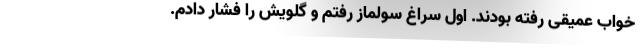
خواب عمیقی رفته بودند. اول سراغ سولماز رفتم و گلویش را فشار دادم.